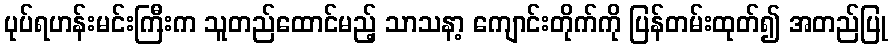
ပုပ်ရဟန်းမင်းကြီးက သူတည်ထောင်မည့် သာသနာ့ ကျောင်းတိုက်ကို ပြန်တမ်းထုတ်၍ အတည်ပြု